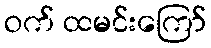
ဝက် ထမင်းကြော်